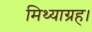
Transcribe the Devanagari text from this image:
मिथ्याग्रह।